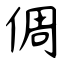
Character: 倜